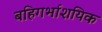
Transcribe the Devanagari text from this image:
बहिगर्भाशयिक